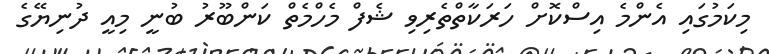
މިކަމުގައި އެންމެ އިސްކޮށް ހަރަކާތްތެރިވި ޝެފް މެހްމެތް ކަންބޫރު ބުނީ މިއީ ދުނިޔޭގެ